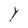
Character: Y